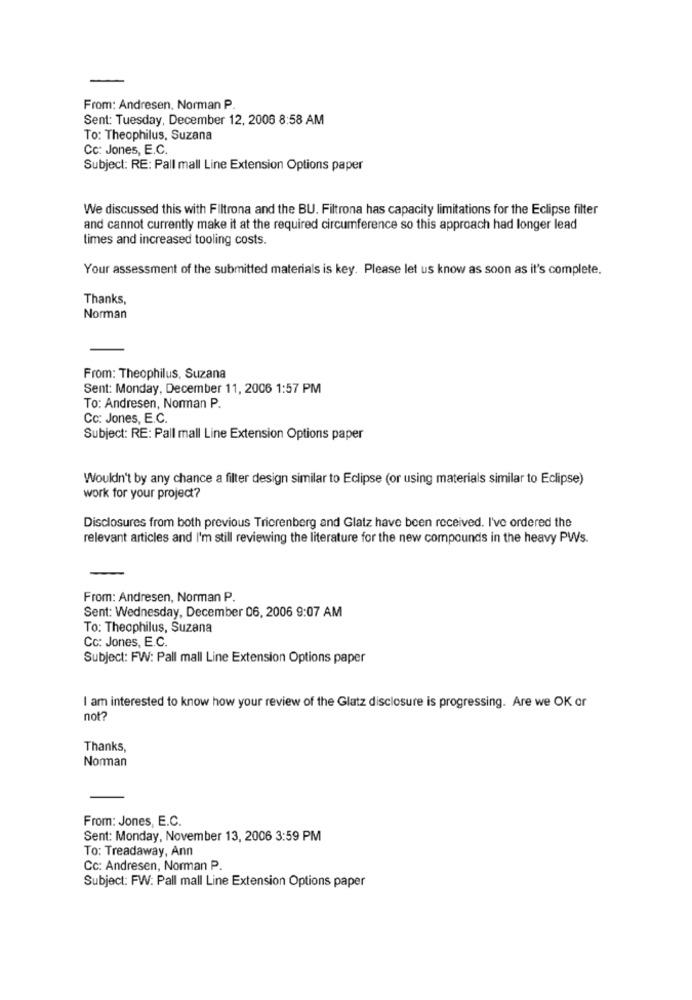
From: Andresen, Norman P.
Sent: Tuesday, December 12, 2006 8:58 AM
To: Theophilus, Suzana
Cc: Jones, E.C.
Subject: RE: Pall mall Line Extension Options paper
We discussed this with Filtrona and the BU. Filtrona has capacity limitations for the Eclipse filter
and cannot currently make it at the required circumference so this approach had longer lead
times and increased tooling costs.
Your assessment of the submitted materials is key. Please let us know as soon as it's complete.
Thanks,
Norman
From: Theophilus, Suzana
Sent: Monday, December 11, 2006 1:57 PM
To: Andresen, Norman P.
Cc: Jones, E.C.
Subject: RE: Pall mall Line Extension Options paper
Wouldn't by any chance a filter design similar to Eclipse (or using materials similar to Eclipse)
work for your project?
Disclosures from both previous Tricrenberg and Glatz have been received. I've ordered the
relevant articles and I'm still reviewing the literature for the new compounds in the heavy PWs.
From: Andresen, Norman P.
Sent: Wednesday, December 06, 2006 9:07 AM
To: Theophilus, Suzana
Cc: Jones, E.C.
Subject: FW: Pall mall Line Extension Options paper
I am interested to know how your review of the Glatz disclosure is progressing. Are we OK or
not?
Thanks,
Norman
From: Jones, E.C.
Sent: Monday, November 13, 2006 3:59 PM
To: Treadaway, Ann
Cc: Andresen, Norman P.
Subject: FW: Pall mall Line Extension Options paper